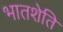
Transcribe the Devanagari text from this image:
भातशेति